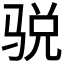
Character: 𱅙